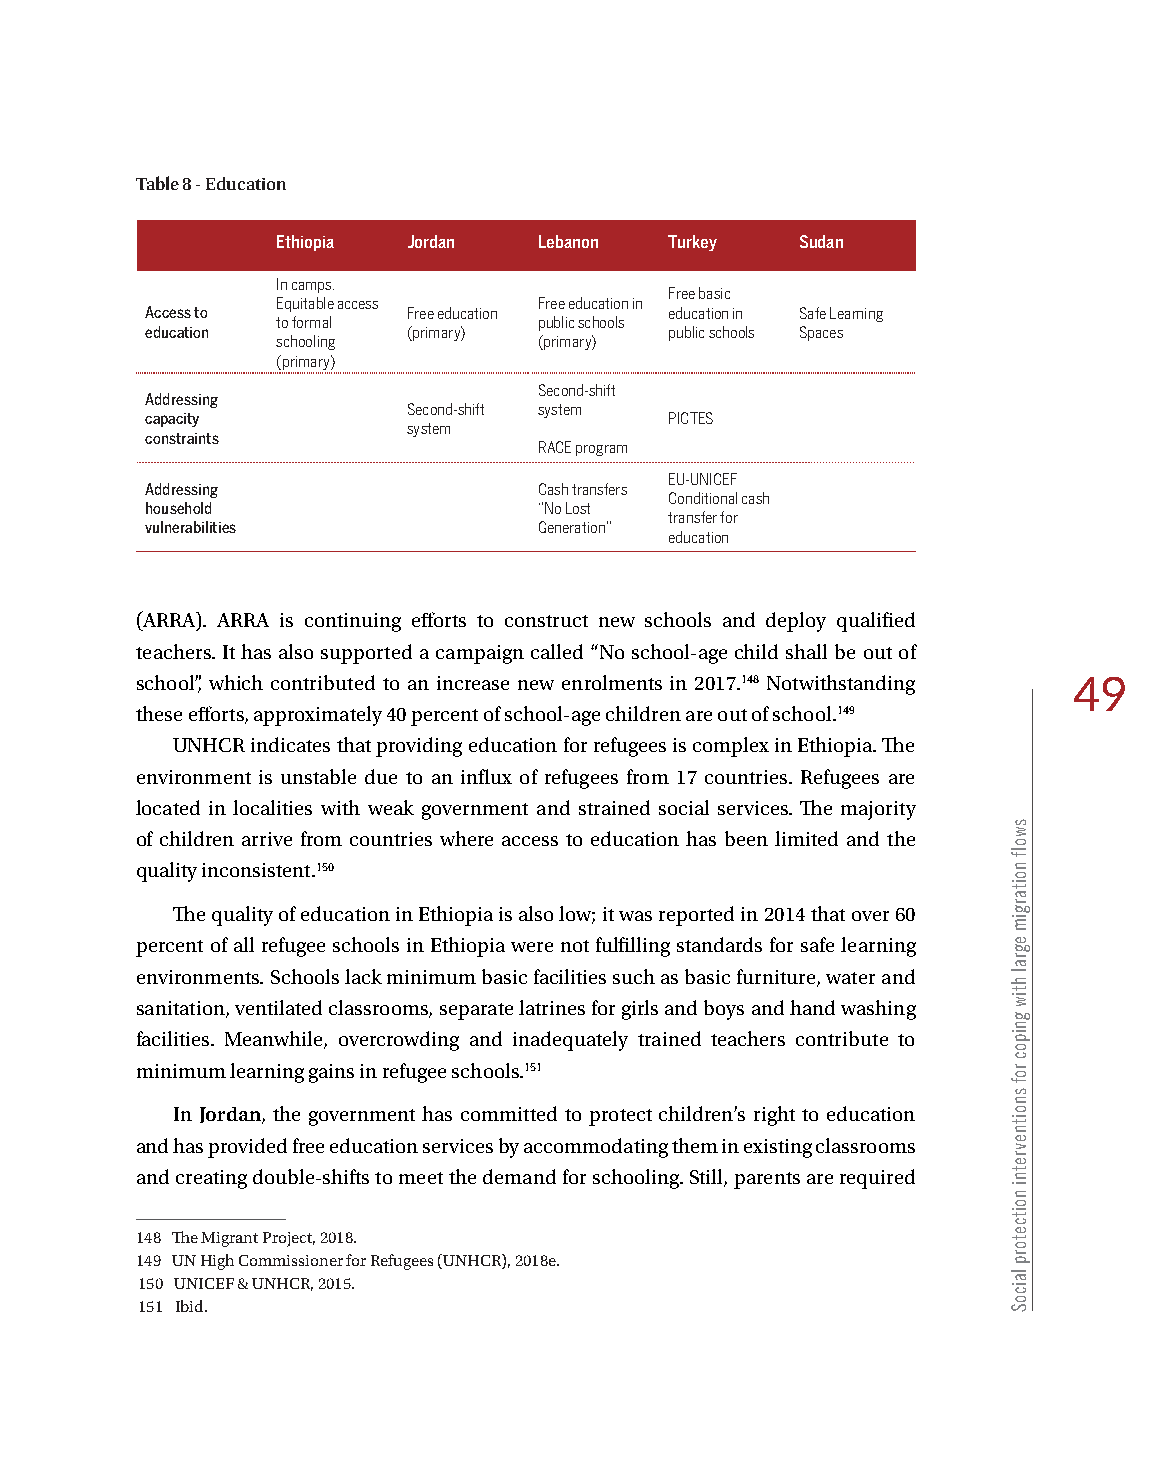
Table 8 - Education
 Ethiopia Jordan   Lebanon Turkey   Sudan
 In camps.
 Free basic
 Equitable access  Free education in
 Access to        Free education   education in Safe Learning
 to formal         public schools
 education        (primary)        public schools Spaces
 schooling         (primary)
 (primary)
 Second-shift
 Addressing
 Second-shift system
 capacity                          PICTES
 system
 constraints
 RACE program
 EU-UNICEF
 Addressing                Cash transfers
 Conditional cash
 household                 “No Lost
 transfer for
 vulnerabilities           Generation”
 education
 (ARRA). ARRA is continuing efforts to construct new schools and deploy qualified
 teachers. It has also supported a campaign called “No school-age child shall be out of
 school”, which contributed to an increase new enrolments in 2017.148 Notwithstanding 49
 these efforts, approximately 40 percent of school-age children are out of school.149
 UNHCR indicates that providing education for refugees is complex in Ethiopia. The
 environment is unstable due to an influx of refugees from 17 countries. Refugees are
 located in localities with weak government and strained social services. The majority
 of children arrive from countries where access to education has been limited and the
 quality inconsistent.150
 The quality of education in Ethiopia is also low; it was reported in 2014 that over 60
 percent of all refugee schools in Ethiopia were not fulfilling standards for safe learning
 environments. Schools lack minimum basic facilities such as basic furniture, water and
 sanitation, ventilated classrooms, separate latrines for girls and boys and hand washing
 facilities. Meanwhile, overcrowding and inadequately trained teachers contribute to
 minimum learning gains in refugee schools.151
 In Jordan, the government has committed to protect children’s right to education
 and has provided free education services by accommodating them in existing classrooms
 and creating double-shifts to meet the demand for schooling. Still, parents are required
 148 The Migrant Project, 2018.
 149 UN High Commissioner for Refugees (UNHCR), 2018e.
 150 UNICEF & UNHCR, 2015.
 151 Ibid.
 swolf
 noitargim
 egral
 htiw
 gnipoc
 rof
 snoitnevretni
 noitcetorp
 laicoS